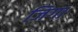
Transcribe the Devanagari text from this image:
जिगा